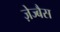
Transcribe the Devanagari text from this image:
ज़ेज्बैस